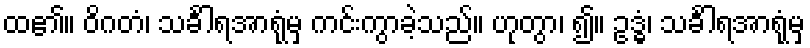
ထ၏။ ဝိဂတံ၊ သင်္ခါရအာရုံမှ ကင်းကွာခဲ့သည်။ ဟုတွာ၊ ၍။ ဥဒ္ဓံ၊ သင်္ခါရအာရုံမှ